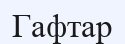
Гафтар